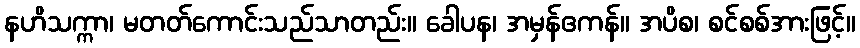
နဟိသက္ကာ၊ မတတ်ကောင်းသည်သာတည်း။ ခေါပန၊ အမှန်ဧကန်။ အပိစ၊ စင်စစ်အားဖြင့်။